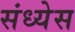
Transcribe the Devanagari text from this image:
संध्येस